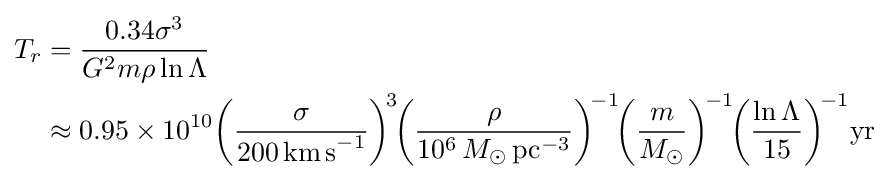
{\begin{aligned}T_{r}&={0.34\sigma ^{3} \over G^{2}m\rho \ln \Lambda }\\&\approx 0.95\times 10^{10}\!\left({\sigma  \over 200\,\mathrm {km\,s} ^{-1}}\right)^{\!3}\!\!\left({\rho  \over 10^{6}\,M_{\odot }\,\mathrm {pc} ^{-3}}\right)^{\!-1}\!\!\left({m \over M_{\odot }}\right)^{\!-1}\!\!\left({\ln \Lambda  \over 15}\right)^{\!-1}\!\mathrm {yr} \end{aligned}}